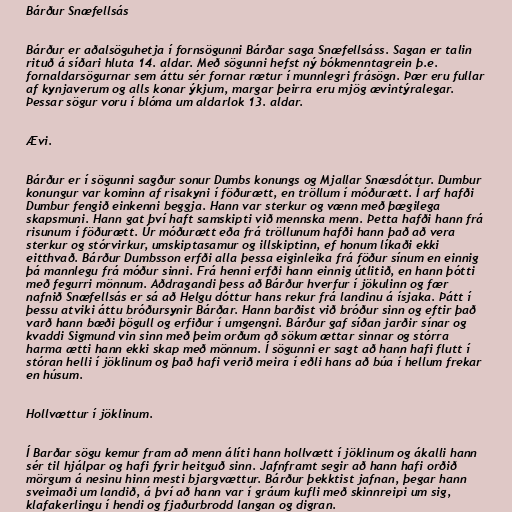
Bárður Snæfellsás

Bárður er aðalsöguhetja í fornsögunni Bárðar saga Snæfellsáss. Sagan er talin
rituð á síðari hluta 14. aldar. Með sögunni hefst ný bókmenntagrein þ.e.
fornaldarsögurnar sem áttu sér fornar rætur í munnlegri frásögn. Þær eru fullar
af kynjaverum og alls konar ýkjum, margar þeirra eru mjög ævintýralegar.
Þessar sögur voru í blóma um aldarlok 13. aldar.

Ævi.

Bárður er í sögunni sagður sonur Dumbs konungs og Mjallar Snæsdóttur. Dumbur
konungur var kominn af risakyni í föðurætt, en tröllum í móðurætt. Í arf hafði
Dumbur fengið einkenni beggja. Hann var sterkur og vænn með þægilega
skapsmuni. Hann gat því haft samskipti við mennska menn. Þetta hafði hann frá
risunum í föðurætt. Úr móðurætt eða frá tröllunum hafði hann það að vera
sterkur og stórvirkur, umskiptasamur og illskiptinn, ef honum líkaði ekki
eitthvað. Bárður Dumbsson erfði alla þessa eiginleika frá föður sínum en einnig
þá mannlegu frá móður sinni. Frá henni erfði hann einnig útlitið, en hann þótti
með fegurri mönnum. Aðdragandi þess að Bárður hverfur í jökulinn og fær
nafnið Snæfellsás er sá að Helgu dóttur hans rekur frá landinu á ísjaka. Þátt í
þessu atviki áttu bróðursynir Bárðar. Hann barðist við bróður sinn og eftir það
varð hann bæði þögull og erfiður í umgengni. Bárður gaf síðan jarðir sínar og
kvaddi Sigmund vin sinn með þeim orðum að sökum ættar sinnar og stórra
harma ætti hann ekki skap með mönnum. Í sögunni er sagt að hann hafi flutt í
stóran helli í jöklinum og það hafi verið meira í eðli hans að búa í hellum frekar
en húsum.

Hollvættur í jöklinum.

Í Barðar sögu kemur fram að menn álíti hann hollvætt í jöklinum og ákalli hann
sér til hjálpar og hafi fyrir heitguð sinn. Jafnframt segir að hann hafi orðið
mörgum á nesinu hinn mesti bjargvættur. Bárður þekktist jafnan, þegar hann
sveimaði um landið, á því að hann var í gráum kufli með skinnreipi um sig,
klafakerlingu í hendi og fjaðurbrodd langan og digran.